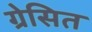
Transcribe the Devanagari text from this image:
ग्रेसित